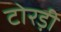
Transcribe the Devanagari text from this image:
टोरड़ी